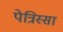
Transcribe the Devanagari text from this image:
पेत्रिस्सा